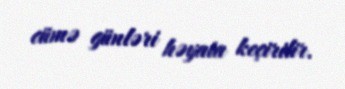
cümə günləri həyata keçirilir.